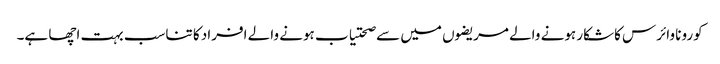
کورونا وائرس کاشکار ہونے والے مریضوں میں سے صحتیاب ہونے والے افراد کا تناسب بہت اچھا ہے۔